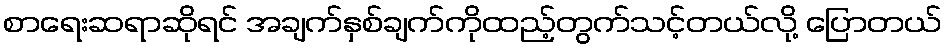
စာရေးဆရာဆိုရင် အချက်နှစ်ချက်ကိုထည့်တွက်သင့်တယ်လို့ ပြောတယ်